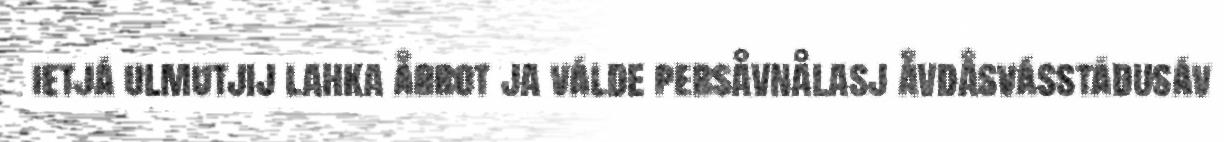
ietjá ulmutjij lahka årrot ja válde persåvnålasj åvdåsvásstádusáv